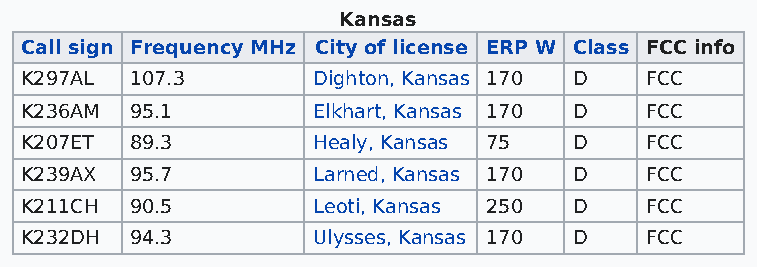
Kansas
 Call sign Frequency MHz City of license ERP W Class FCC info
 K297AL  107.3       Dighton, Kansas 170 D FCC
 K236AM  95.1        Elkhart, Kansas 170 D FCC
 K207ET  89.3        Healy, Kansas 75 D    FCC
 K239AX  95.7        Larned, Kansas 170 D  FCC
 K211CH  90.5        Leoti, Kansas 250 D   FCC
 K232DH  94.3        Ulysses, Kansas 170 D FCC